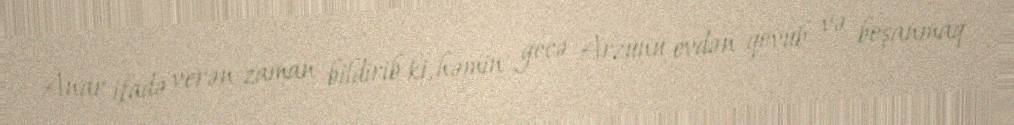
Anar ifadə verən zaman bildirib ki, həmin gecə Arzunu evdən qovub və boşanmaq